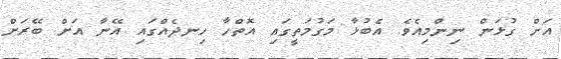
އަށް ގުޅަން ނިންމިއެވެ. އެބުޅާ މަގުމަތީގައި އޮތްހާ ހިނދެއްގައި އޭނާ އަށް ބޭރަށް